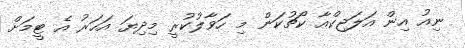
ނިއު އިން އަލަޖިކްއާ ކޯޗުކަން މި ހަވާލުކުރީ މިދިޔަ އަހަރު އެ ޓީމަށް